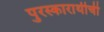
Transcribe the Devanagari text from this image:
पुरस्कारार्थीची